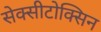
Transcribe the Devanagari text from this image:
सेक्सीटोक्सिन